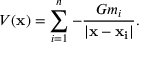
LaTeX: V ( \mathbf { x } ) = \sum _ { i = 1 } ^ { n } - { \frac { G m _ { i } } { | \mathbf { x } - \mathbf { x _ { i } } | } } .